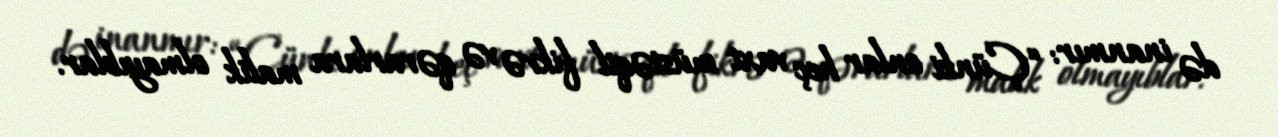
də inanmır: “Çünki onlar heç vaxt müstəqil fikrə və qərarlara malik olmayıblar.